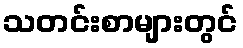
သတင်းစာများတွင်